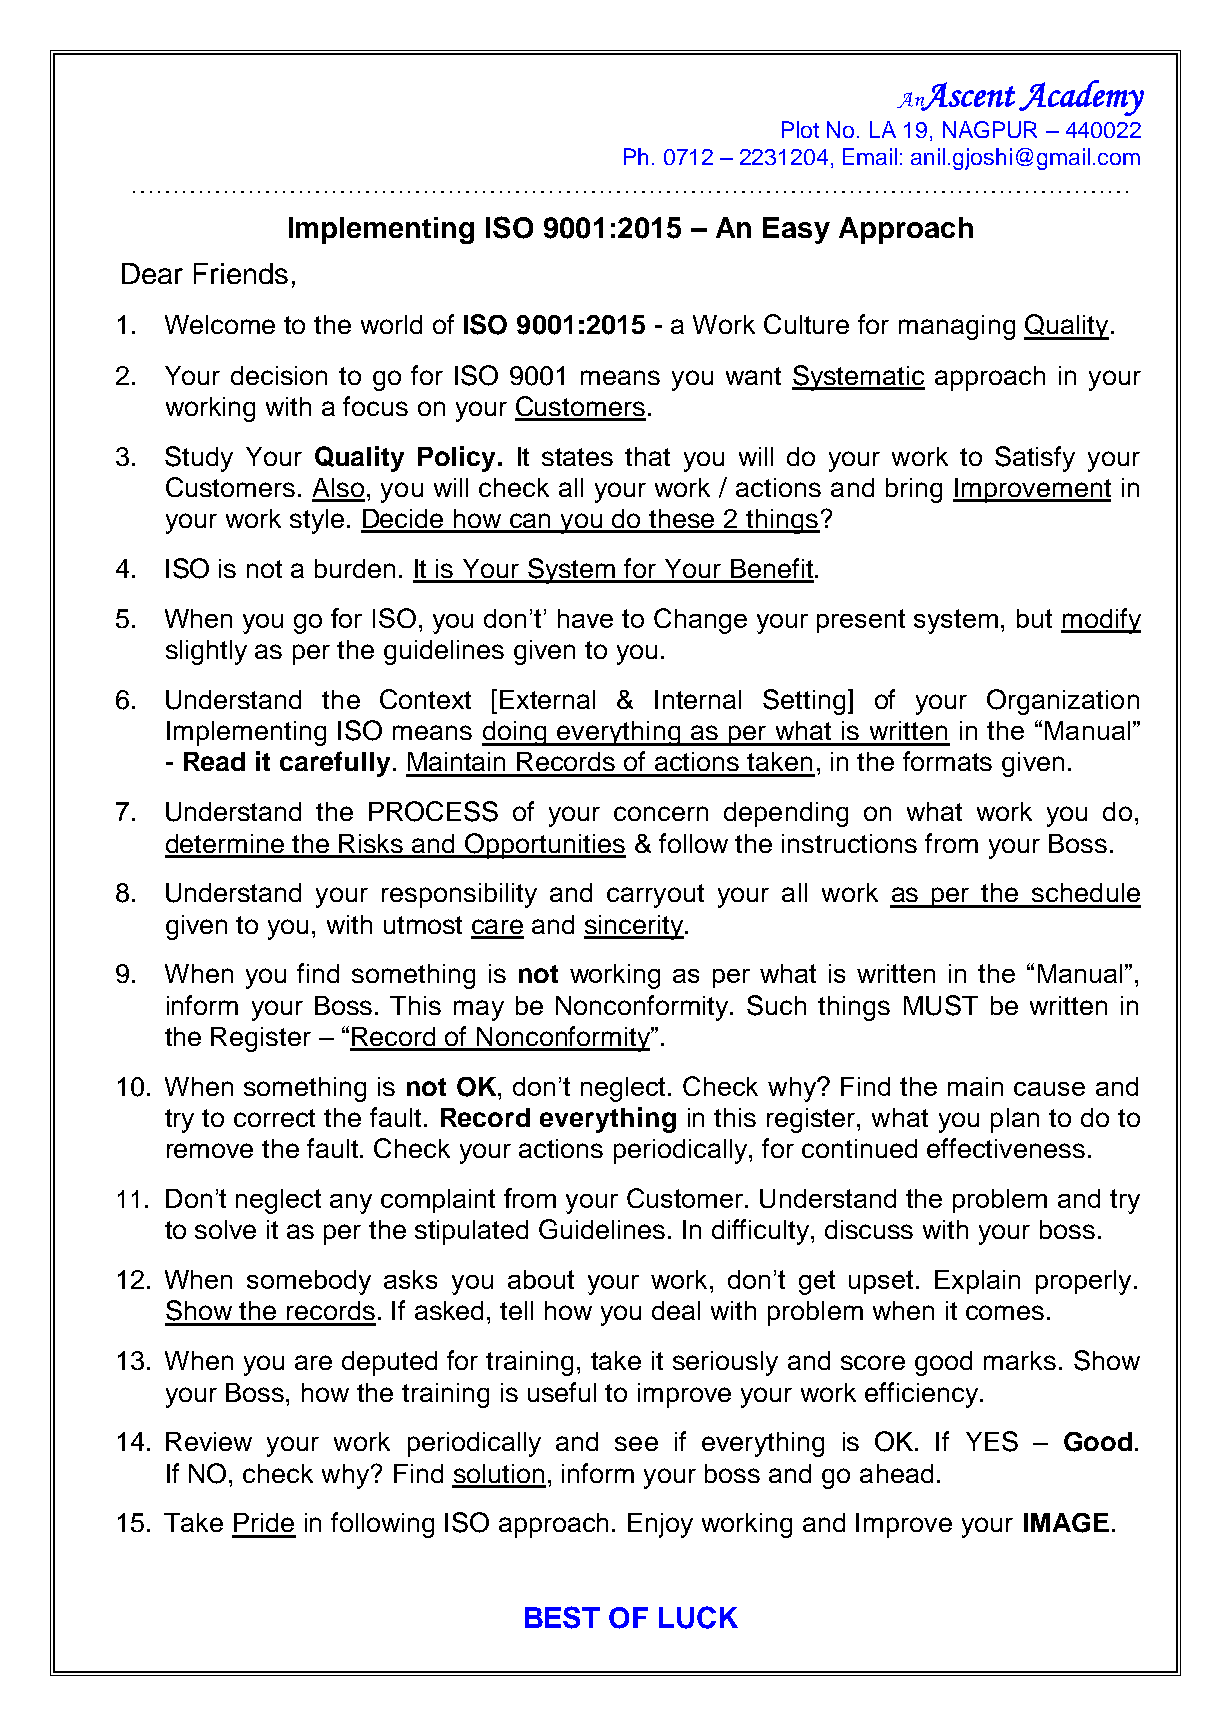
Ascent Academy
 An
 Plot No. LA 19, NAGPUR – 440022
 Ph. 0712 – 2231204, Email: anil.gjoshi@gmail.com
 …………………………………………………………………………………………………………
 Implementing ISO 9001:2015 – An Easy Approach
 Dear Friends,
 1. Welcome to the world of ISO 9001:2015 - a Work Culture for managing Quality.
 2. Your decision to go for ISO 9001 means you want Systematic approach in your
 working with a focus on your Customers.
 3. Study Your Quality Policy. It states that you will do your work to Satisfy your
 Customers. Also, you will check all your work / actions and bring Improvement in
 your work style. Decide how can you do these 2 things?
 4. ISO is not a burden. It is Your System for Your Benefit.
 5. When you go for ISO, you don’t’ have to Change your present system, but modify
 slightly as per the guidelines given to you.
 6. Understand the Context [External & Internal Setting] of your Organization
 Implementing ISO means doing everything as per what is written in the “Manual”
 - Read it carefully. Maintain Records of actions taken, in the formats given.
 7. Understand the PROCESS of your concern depending on what work you do,
 determine the Risks and Opportunities & follow the instructions from your Boss.
 8. Understand your responsibility and carryout your all work as per the schedule
 given to you, with utmost care and sincerity.
 9. When you find something is not working as per what is written in the “Manual”,
 inform your Boss. This may be Nonconformity. Such things MUST be written in
 the Register – “Record of Nonconformity”.
 10. When something is not OK, don’t neglect. Check why? Find the main cause and
 try to correct the fault. Record everything in this register, what you plan to do to
 remove the fault. Check your actions periodically, for continued effectiveness.
 11. Don’t neglect any complaint from your Customer. Understand the problem and try
 to solve it as per the stipulated Guidelines. In difficulty, discuss with your boss.
 12. When somebody asks you about your work, don’t get upset. Explain properly.
 Show the records. If asked, tell how you deal with problem when it comes.
 13. When you are deputed for training, take it seriously and score good marks. Show
 your Boss, how the training is useful to improve your work efficiency.
 14. Review your work periodically and see if everything is OK. If YES – Good.
 If NO, check why? Find solution, inform your boss and go ahead.
 15. Take Pride in following ISO approach. Enjoy working and Improve your IMAGE.
 BEST OF  LUCK